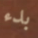
بدء